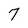
Character: 7